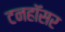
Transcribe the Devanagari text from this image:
टनहॉसर